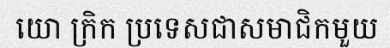
យោ ក្រិក ប្រទេសជាសមាជិកមួយ